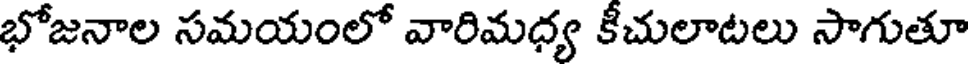
భోజనాల సమయంలో వారిమధ్య కీచులాటలు సాగుతూ